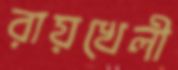
রায়খেলী